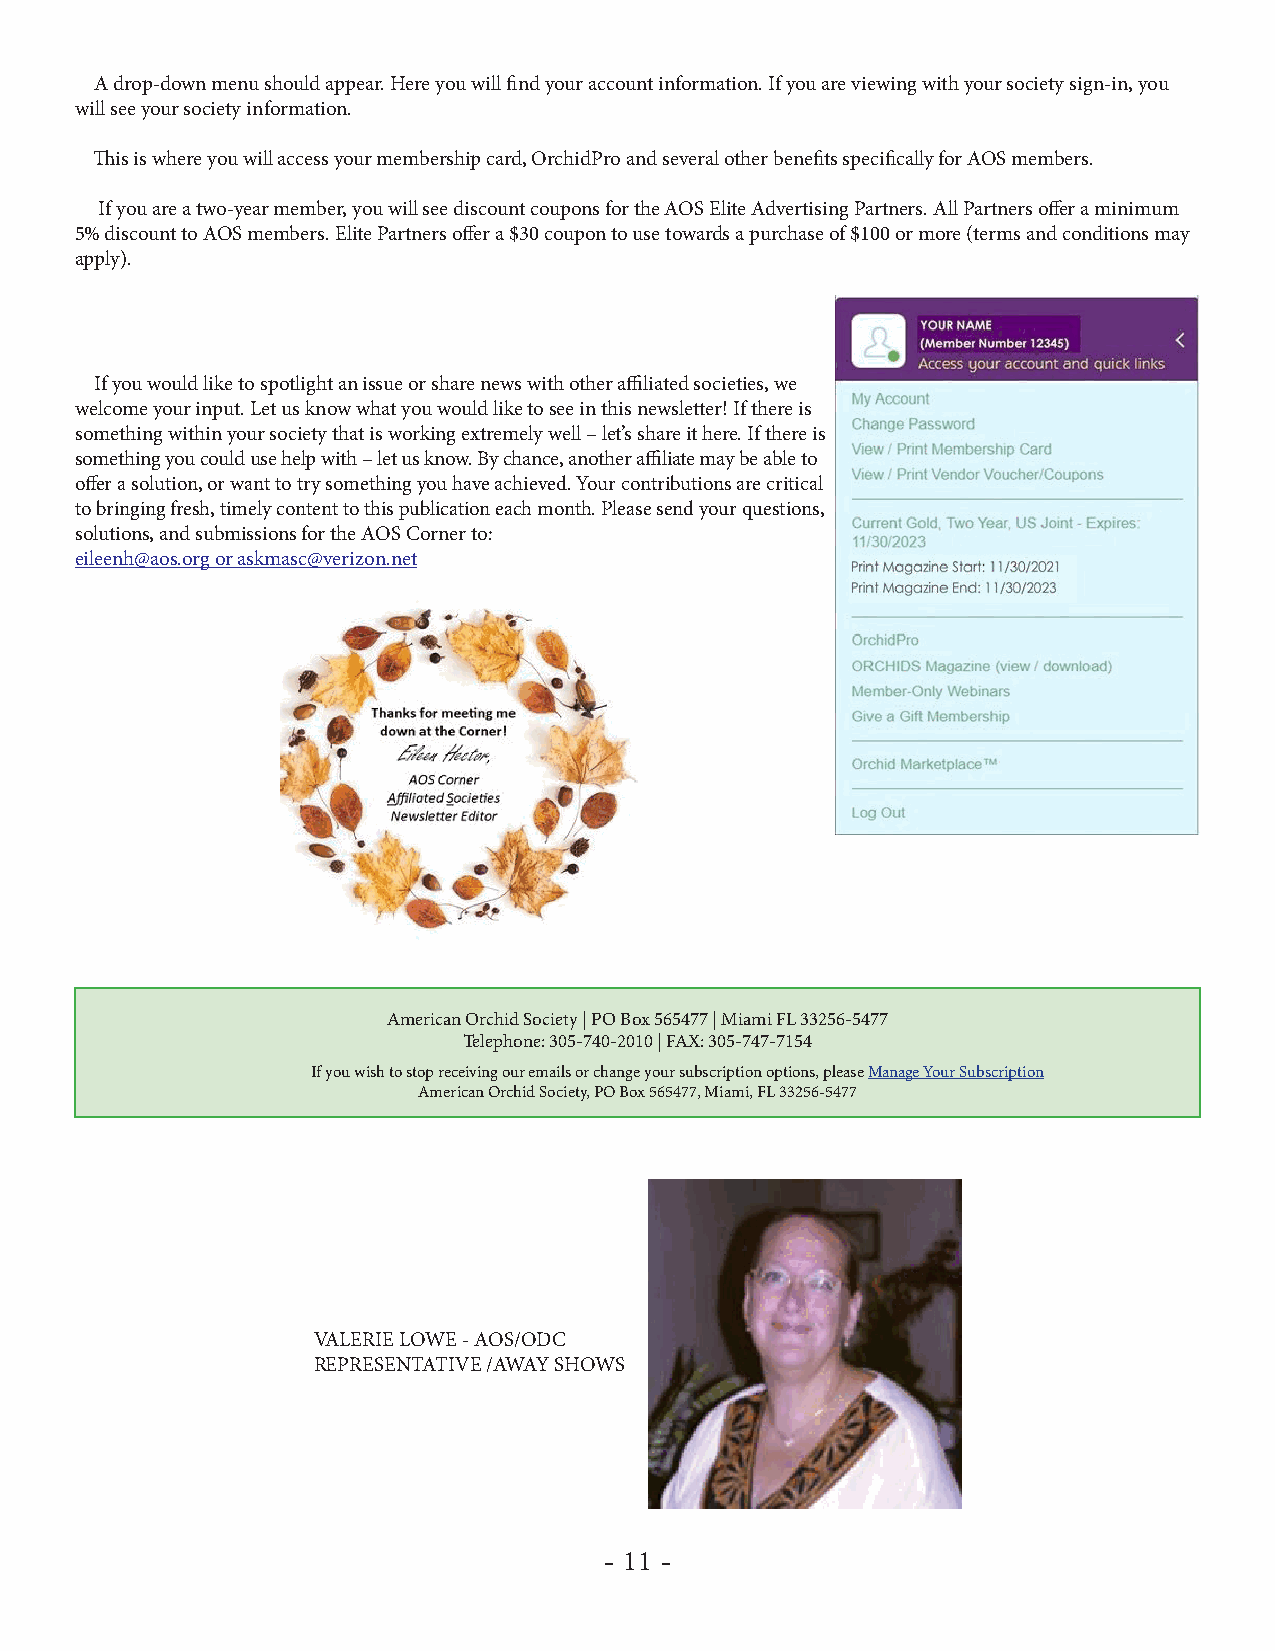
A drop-down menu should appear. Here you will find your account information. If you are viewing with your society sign-in, you
 will see your society information.
 This is where you will access your membership card, OrchidPro and several other benefits specifically for AOS members.
 If you are a two-year member, you will see discount coupons for the AOS Elite Advertising Partners. All Partners offer a minimum
 5% discount to AOS members. Elite Partners offer a $30 coupon to use towards a purchase of $100 or more (terms and conditions may
 apply).
 If you would like to spotlight an issue or share news with other affiliated societies, we
 welcome your input. Let us know what you would like to see in this newsletter! If there is
 something within your society that is working extremely well – let’s share it here. If there is
 something you could use help with – let us know. By chance, another affiliate may be able to
 offer a solution, or want to try something you have achieved. Your contributions are critical
 to bringing fresh, timely content to this publication each month. Please send your questions,
 solutions, and submissions for the AOS Corner to:
 eileenh@aos.org or askmasc@verizon.net
 American Orchid Society | PO Box 565477 | Miami FL 33256-5477
 Telephone: 305-740-2010 | FAX: 305-747-7154
 If you wish to stop receiving our emails or change your subscription options, please Manage Your Subscription
 American Orchid Society, PO Box 565477, Miami, FL 33256-5477
 VALERIE LOWE - AOS/ODC
 REPRESENTATIVE /AWAY SHOWS
 - 11 -